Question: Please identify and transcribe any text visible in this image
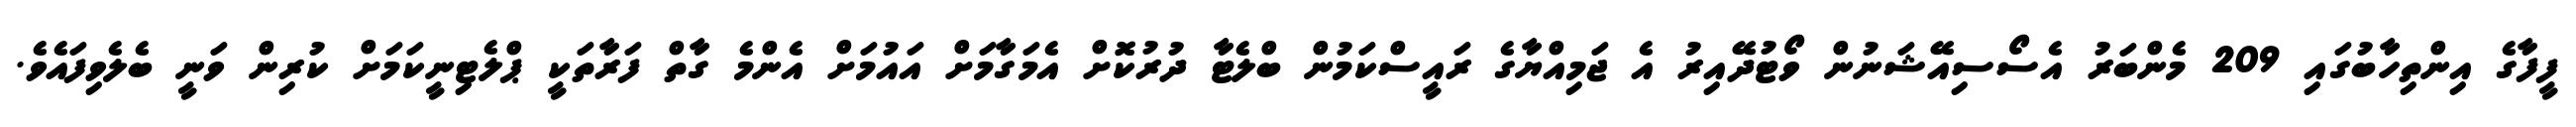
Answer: ފީފާގެ އިންތިހާބުގައި 209 މެންބަރު އެސޯސިއޭޝަނުން ވޯޓުދޭއިރު އެ ޖަމިއްޔާގެ ރައީސްކަމުން ބްލެޓާ ދުރުކޮށް އެމަގާމަށް އައުމަށް އެންމެ ގާތް ފަރާތަކީ ޕްލެޓިނީކަމަށް ކުރިން ވަނީ ބެލެވިފައެވެ.